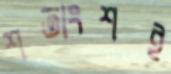
শতাংশই